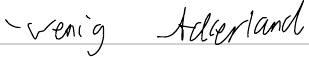
- wenig Ackerland